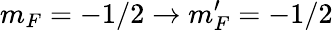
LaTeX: m_{F}=-1/2\rightarrow m_{F}^{\prime}=-1/2